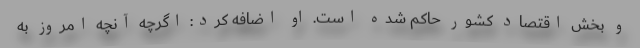
و بخش اقتصاد كشور حاكم شده است. او اضافه کرد: اگرچه آنچه امروز به